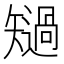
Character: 𱳧